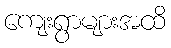
ကျေးရွာများအထိ